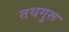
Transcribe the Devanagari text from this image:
तथगुरू